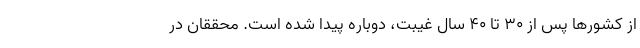
از کشورها پس از ۳۰ تا ۴۰ سال غیبت، دوباره پیدا شده است. محققان در